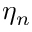
\eta _ { n }